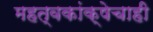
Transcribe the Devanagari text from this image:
महत्वकांक्षेचाही